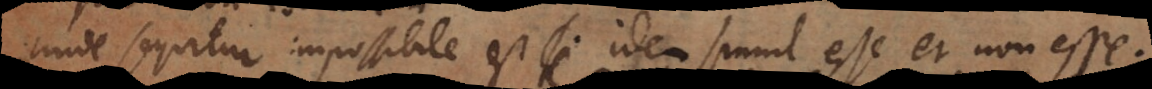
Unde sequitur impossibile est idem simul esse et non esse.